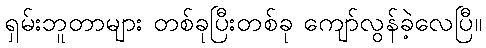
ရှမ်းဘူတာများ တစ်ခုပြီးတစ်ခု ကျော်လွန်ခဲ့လေပြီ။